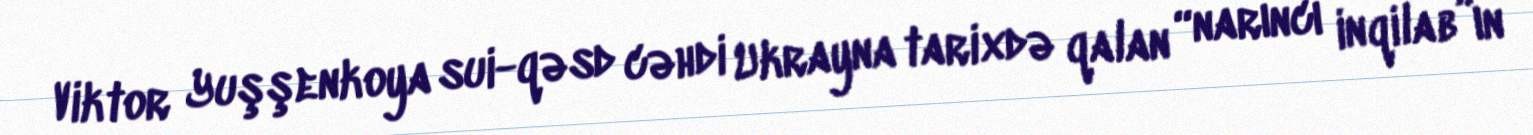
Viktor Yuşşenkoya sui-qəsd cəhdi Ukrayna tarixdə qalan “narıncı inqilab”ın